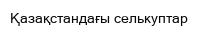
Қазақстандағы селькуптар